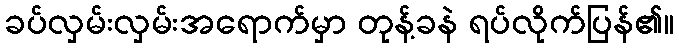
ခပ်လှမ်းလှမ်းအရောက်မှာ တုန့်ခနဲ ရပ်လိုက်ပြန်၏။